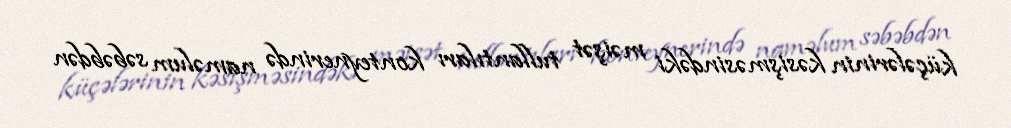
küçələrinin kəsişməsindəki məişət tullantıları konteynerində naməlum səbəbdən